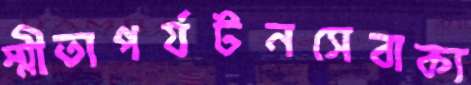
স্মীতাপর্যটনসেবাক্য